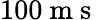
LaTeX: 100\mathrm{~m~s~}